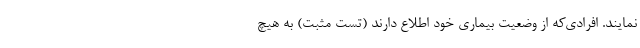
نمایند. افرادی­که از وضعیت بیماری خود اطلاع دارند (تست مثبت) به هیچ